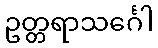
ဥတ္တရာသင်္ဂေါ